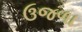
ઉજળા